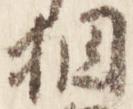
相